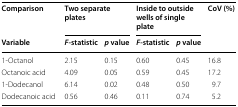
<table><thead><tr><td><b>Comparison</b></td><td colspan="2"><b>Two separate plates</b></td><td colspan="2"><b>Inside to outside wells of single plate</b></td><td rowspan="2"><b>CoV (%)</b></td></tr><tr><td><b>Variable</b></td><td><b><i>F</i>-statistic</b></td><td><b><i>p</i> value</b></td><td><b><i>F</i>-statistic</b></td><td><b><i>p</i> value</b></td></tr></thead><tbody><tr><td>1-Octanol</td><td>2.15</td><td>0.15</td><td>0.60</td><td>0.45</td><td>16.8</td></tr><tr><td>Octanoic acid</td><td>4.09</td><td>0.05</td><td>0.59</td><td>0.45</td><td>17.2</td></tr><tr><td>1-Dodecanol</td><td>6.14</td><td>0.02</td><td>0.48</td><td>0.50</td><td>9.7</td></tr><tr><td>Dodecanoic acid</td><td>0.56</td><td>0.46</td><td>0.11</td><td>0.74</td><td>5.2</td></tr></tbody></table>